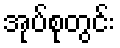
အုပ်စုတွင်း